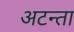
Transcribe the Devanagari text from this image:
अटन्ता